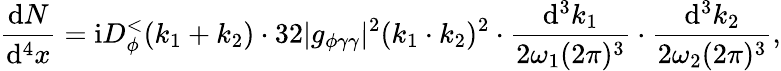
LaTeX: \frac{\mathrm{d}N}{\mathrm{d}^{4}x}=\mathrm{i}D_{\phi}^{<}(k_{1}+k_{2})\cdot 32|g_{\phi\gamma\gamma}|^{2}(k_{1}\cdot k_{2})^{2}\cdot\frac{\mathrm{d}^{3}k_{1}}{2\omega_{1}(2\pi)^{3}}\cdot\frac{\mathrm{d}^{3}k_{2}}{2\omega_{2}(2\pi)^{3}},